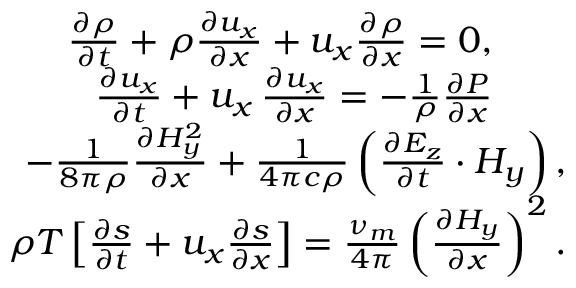
\begin{array} { r } { \frac { \partial \rho } { \partial t } + \rho \frac { \partial { u _ { x } } } { \partial x } + u _ { x } \frac { \partial { \rho } } { \partial x } = 0 , \qquad } \\ { \frac { \partial { u _ { x } } } { \partial t } + u _ { x } \, \frac { \partial { u _ { x } } } { \partial x } = - \frac { 1 } { \rho } \frac { \partial { P } } { \partial x } \qquad } \\ { - \frac { 1 } { 8 \pi \rho } \frac { \partial { H _ { y } ^ { 2 } } } { \partial x } + \frac { 1 } { 4 \pi c \rho } \left( \frac { \partial { E _ { z } } } { \partial t } \cdot H _ { y } \right) , } \\ { \rho T \left[ \frac { \partial { s } } { \partial t } + u _ { x } \frac { \partial { s } } { \partial x } \right] = \frac { \nu _ { m } } { 4 \pi } \left( \frac { \partial { H _ { y } } } { \partial x } \right) ^ { 2 } . } \end{array}